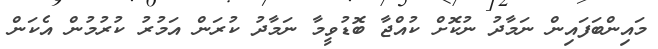
މައިންބަފައިން ނަމާދު ނުކޮށް ކުއްޖާ ބޮޑުވީމާ ނަމާދު ކުރަން އަމުރު ކުރުމުން އެކަން